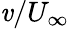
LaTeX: \mathit{v}/U_{\infty}